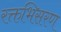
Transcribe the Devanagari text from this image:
रक्तभिसरण